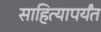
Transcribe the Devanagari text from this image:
साहित्यापर्यंत